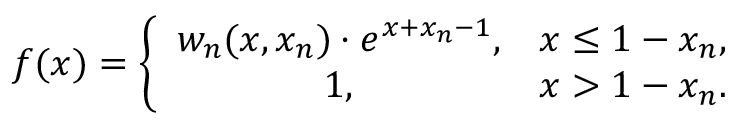
f ( x ) = \left\lbrace \begin{array} { c c } { w _ { n } ( x , x _ { n } ) \cdot e ^ { x + x _ { n } - 1 } , } & { x \leq 1 - x _ { n } , } \\ { 1 , } & { x > 1 - x _ { n } . } \end{array} \right.